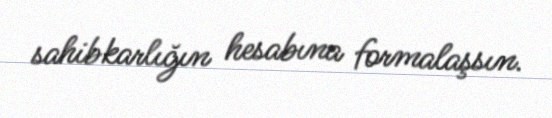
sahibkarlığın hesabına formalaşsın.